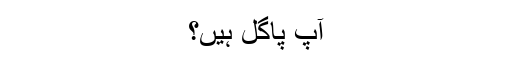
آپ پاگل ہیں؟